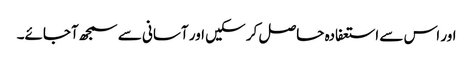
اور اس سے استعفادہ حاصل کر سکیں اور آسانی سے سمجھ آجائے۔